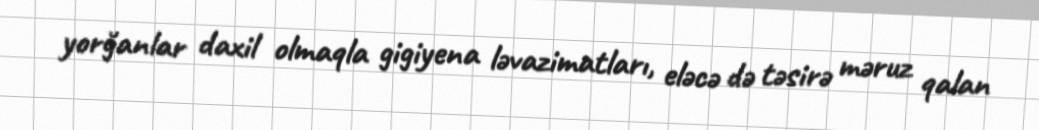
yorğanlar daxil olmaqla gigiyena ləvazimatları, eləcə də təsirə məruz qalan